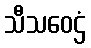
သီသဝေဌံ